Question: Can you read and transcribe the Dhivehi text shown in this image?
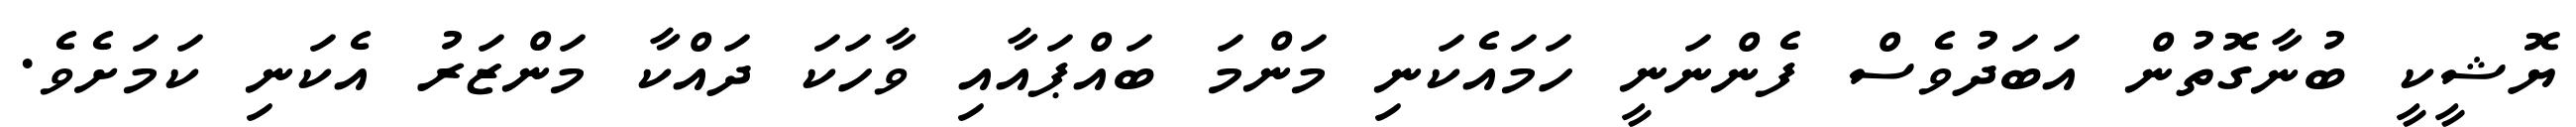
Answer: ޔޮޝީކީ ބުނާގޮތުން އަބަދުވެސް ފެންނަނީ ހަމައެކަނި މަންމަ ބައްޕައާއި ވާހަކަ ދައްކާ މަންޒަރު އެކަނި ކަމަށެވެ.